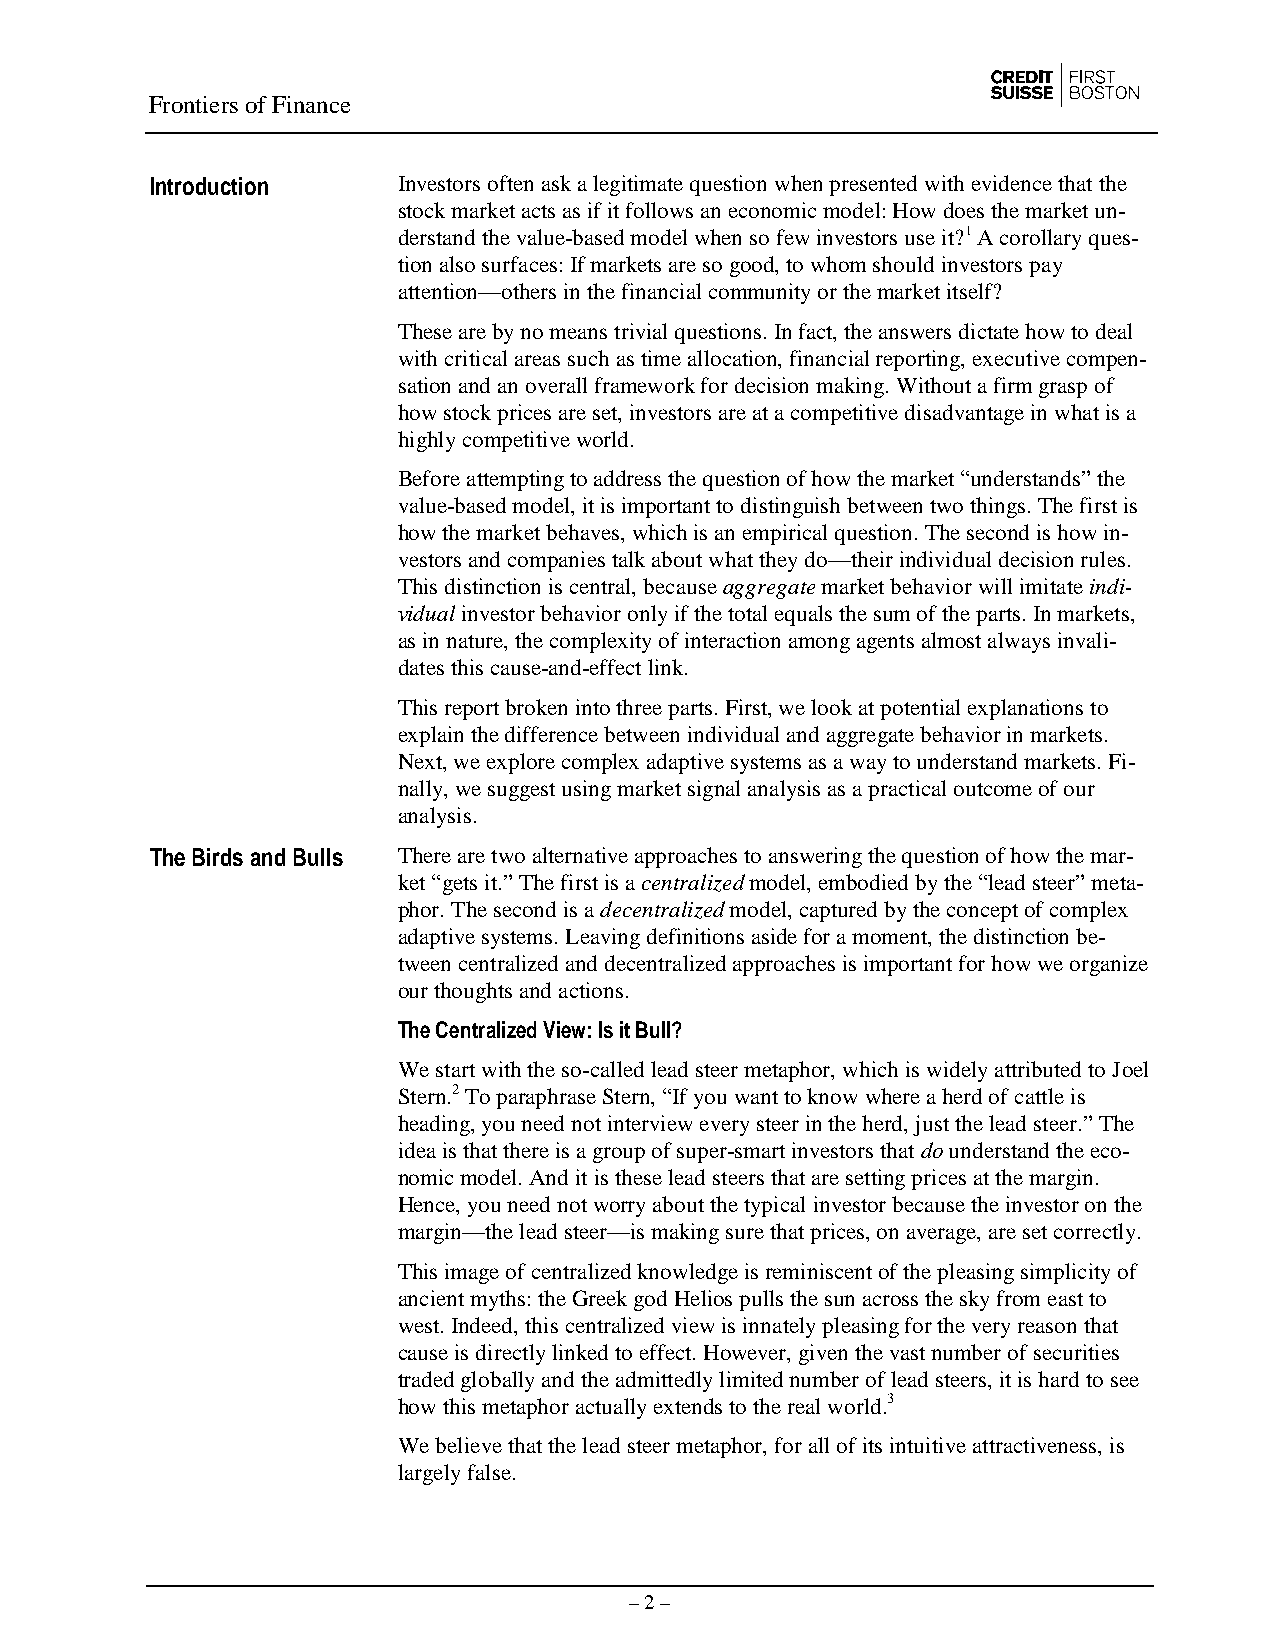
Frontiers of Finance
 Introduction    Investors often ask a legitimate question when presented with evidence that the
 stock market acts as if it follows an economic model: How does the market un-
 derstand the value-based model when so few investors use it?1 A corollary ques-
 tion also surfaces: If markets are so good, to whom should investors pay
 attention—others in the financial community or the market itself?
 These are by no means trivial questions. In fact, the answers dictate how to deal
 with critical areas such as time allocation, financial reporting, executive compen-
 sation and an overall framework for decision making. Without a firm grasp of
 how stock prices are set, investors are at a competitive disadvantage in what is a
 highly competitive world.
 Before attempting to address the question of how the market “understands” the
 value-based model, it is important to distinguish between two things. The first is
 how the market behaves, which is an empirical question. The second is how in-
 vestors and companies talk about what they do—their individual decision rules.
 This distinction is central, because aggregate market behavior will imitate indi-
 vidual investor behavior only if the total equals the sum of the parts. In markets,
 as in nature, the complexity of interaction among agents almost always invali-
 dates this cause-and-effect link.
 This report broken into three parts. First, we look at potential explanations to
 explain the difference between individual and aggregate behavior in markets.
 Next, we explore complex adaptive systems as a way to understand markets. Fi-
 nally, we suggest using market signal analysis as a practical outcome of our
 analysis.
 The Birds and Bulls There are two alternative approaches to answering the question of how the mar-
 ket “gets it.” The first is a centralized model, embodied by the “lead steer” meta-
 phor. The second is a decentralized model, captured by the concept of complex
 adaptive systems. Leaving definitions aside for a moment, the distinction be-
 tween centralized and decentralized approaches is important for how we organize
 our thoughts and actions.
 The Centralized View: Is it Bull?
 We start with the so-called lead steer metaphor, which is widely attributed to Joel
 Stern.2 To paraphrase Stern, “If you want to know where a herd of cattle is
 heading, you need not interview every steer in the herd, just the lead steer.” The
 idea is that there is a group of super-smart investors that do understand the eco-
 nomic model. And it is these lead steers that are setting prices at the margin.
 Hence, you need not worry about the typical investor because the investor on the
 margin—the lead steer—is making sure that prices, on average, are set correctly.
 This image of centralized knowledge is reminiscent of the pleasing simplicity of
 ancient myths: the Greek god Helios pulls the sun across the sky from east to
 west. Indeed, this centralized view is innately pleasing for the very reason that
 cause is directly linked to effect. However, given the vast number of securities
 traded globally and the admittedly limited number of lead steers, it is hard to see
 how this metaphor actually extends to the real world.3
 We believe that the lead steer metaphor, for all of its intuitive attractiveness, is
 largely false.
 – 2 –